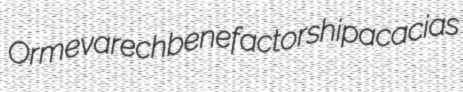
Orme varech benefactorship acacias